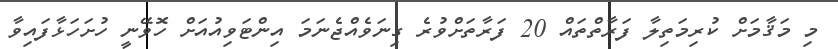
މި މަޤާމަށް ކުރިމަތިލާ ފަރާތްތައް 20 ފަރާތަށްވުރެ ގިނަވެއްޖެނަމަ އިންޓަވިއުއަށް ހޮވޭނީ ހުށަހަޅާފައިވާ